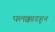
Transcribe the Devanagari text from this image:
पलक्काडहून